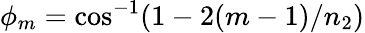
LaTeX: \phi_{m}=\cos^{-1}(1-2(m-1)/n_{2})